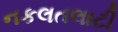
નકલતલાટી